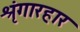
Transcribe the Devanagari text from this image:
श्रृंगारहार